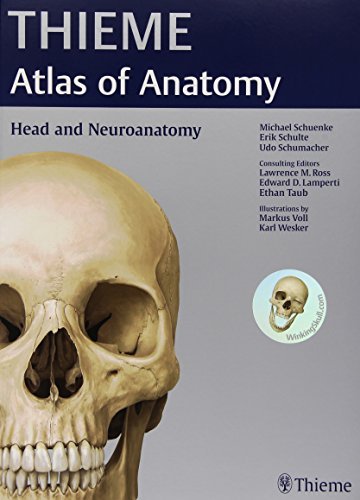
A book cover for By Michael Schuenke Head and Neuroanatomy (THIEME Atlas of Anatomy) (1st edition); Medical Books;